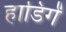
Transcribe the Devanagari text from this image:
हाडिर्गं